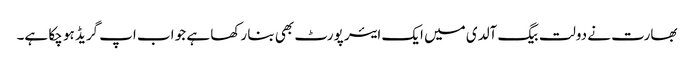
بھارت نے دولت بیگ آلدی میں ایک ایئر پورٹ بھی بنا رکھا ہے جو اب اپ گریڈ ہو چکا ہے۔